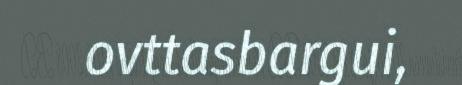
ovttasbargui,